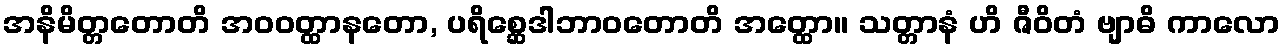
အနိမိတ္တတောတိ အဝဝတ္ထာနတော, ပရိစ္ဆေဒါဘာဝတောတိ အတ္ထော။ သတ္တာနံ ဟိ ဇီဝိတံ ဗျာဓိ ကာလော